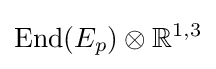
{\text{End}}(E_{p})\otimes \mathbb {R} ^{1,3}